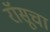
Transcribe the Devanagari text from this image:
रॉसूचा